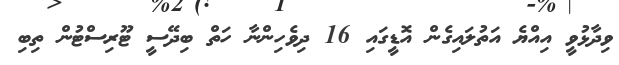
ވިދާޅުވީ އިއްޔެ އަތުލައިގެން އޮޑީގައި 16 ދިވެހިންނާ ހަތް ބިދޭސީ ޓޫރިސްޓުން ތިބި